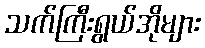
သက်ကြီးရွယ်အိုများ